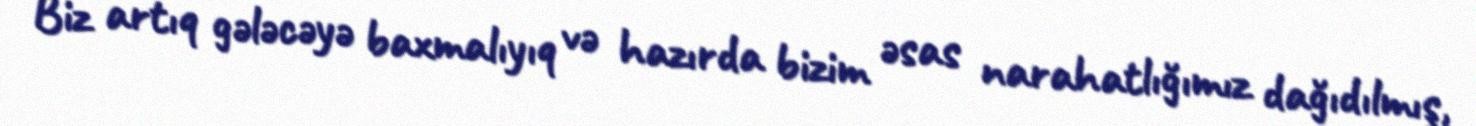
Biz artıq gələcəyə baxmalıyıq və hazırda bizim əsas narahatlığımız dağıdılmış,